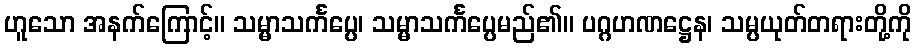
ဟူသော အနက်ကြောင့်။ သမ္မာသင်္ကပ္ပေ၊ သမ္မာသင်္ကပ္ပေမည်၏။ ပဂ္ဂဟဏဋ္ဌေန၊ သမ္ပယုတ်တရားတို့ကို